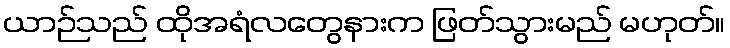
ယာဉ်သည် ထိုအရံလတွေနားက ဖြတ်သွားမည် မဟုတ်။